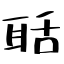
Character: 聒